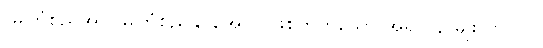
(မကြံစည်အပ်၊ မကြံစည်နိုင်အောင် ဖြစ်တတ်သော အရာ ၄-မျိုး ဟူလို။)